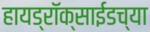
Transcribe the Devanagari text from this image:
हायड्राॅक्साईडच्या